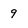
Character: 9